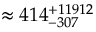
\approx 4 1 4 _ { - 3 0 7 } ^ { + 1 1 9 1 2 }